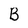
Character: B